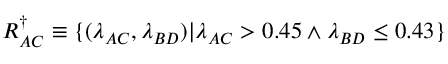
R _ { A C } ^ { \dagger } \equiv \{ ( \lambda _ { A C } , \lambda _ { B D } ) | { \lambda _ { A C } > 0 . 4 5 \wedge \lambda _ { B D } \leq 0 . 4 3 } \}